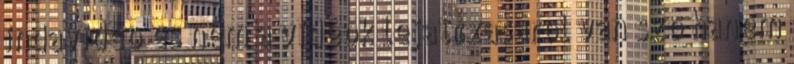
indavideo es nem a videok lejatszasarol van szo hanem